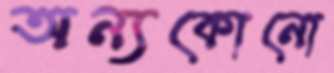
অন্যকোনো